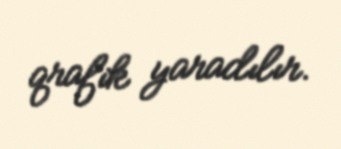
qrafik yaradılır.